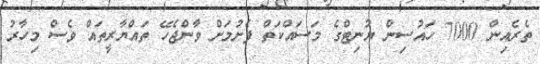
ތެރެއިން 7000 ހައުސިން ޔުނިޓްގެ މަސައްކަތް ފެށުމަށް ވާންޖެހޭ ތައްޔާރީތައް ވެސް މިހާރު